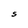
Character: S